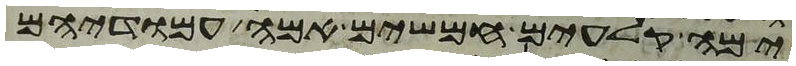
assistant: ימה קלעים חמשים אמה עמודיהם